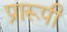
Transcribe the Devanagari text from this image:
प्रारूपी